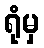
ရုံမှ